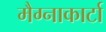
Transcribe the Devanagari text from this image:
मैग्नाकार्टा